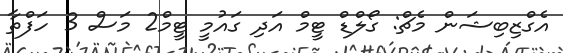
އެގްޒިބިޝަން މެޗް: ގޯލްޑް ޓީމް އަދި ގައުމީ ޓީމް2 މަސް 3 ހަފްތާ